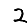
Digit: 2